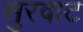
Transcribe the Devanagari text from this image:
सुरवाट